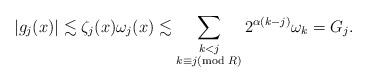
LaTeX: \begin{align*}\left\vert g_j(x) \right\vert \lesssim \zeta_j(x)\omega_j(x)\lesssim \sum_{\substack{k<j\\ k\equiv j (\textrm{mod }R )}}2^{\alpha (k-j)}\omega_k = G_j.\end{align*}